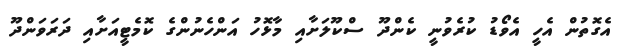
އެގޮތުން އެހީ އެވޯޑު ކުރެވުނީ ކެންދޫ ސްކޫލަށާއި މާޅޮހު އަންހެނުންގެ ކޮމެޓީއަށާއި ދަރަވަންދޫ